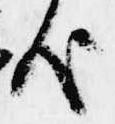
哉